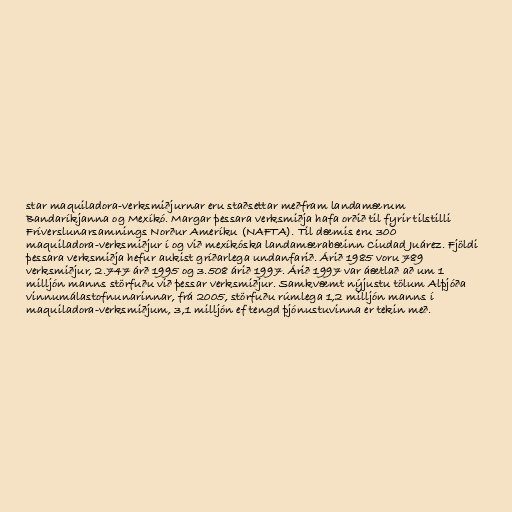
star maquiladora-verksmiðjurnar eru staðsettar meðfram landamærum
Bandaríkjanna og Mexíkó. Margar þessara verksmiðja hafa orðið til fyrir tilstilli
Fríverslunarsamnings Norður Ameríku (NAFTA). Til dæmis eru 300
maquiladora-verksmiðjur í og við mexíkóska landamærabæinn Ciudad Juárez. Fjöldi
þessara verksmiðja hefur aukist gríðarlega undanfarið. Árið 1985 voru 789
verksmiðjur, 2.747 árð 1995 og 3.508 árið 1997. Árið 1997 var áætlað að um 1
milljón manns störfuðu við þessar verksmiðjur. Samkvæmt nýjustu tölum Alþjóða
vinnumálastofnunarinnar, frá 2005, störfuðu rúmlega 1,2 milljón manns í
maquiladora-verksmiðjum, 3,1 milljón ef tengd þjónustuvinna er tekin með.